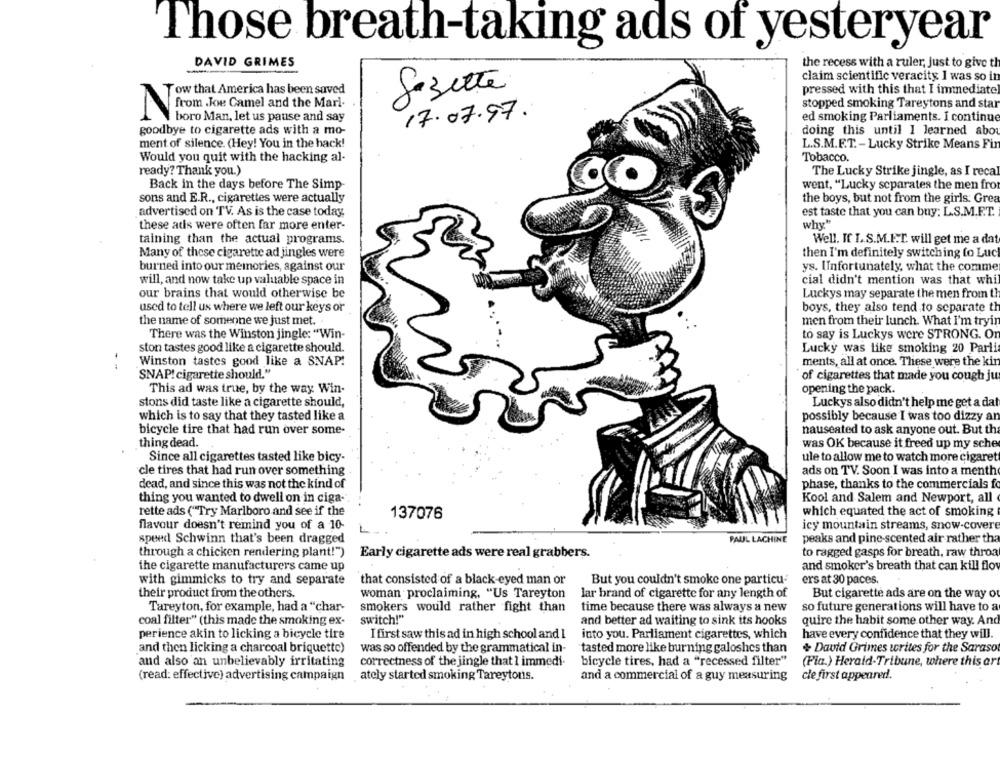
Those breath-taking ads of yesteryear
DAVID GRIMES
the recess with a ruler, just to give th
claim scientific veracity I was so in
pressed with this that I immediate)
Tow that America has been saved
gazette
stopped smoking Tareytons and star
I rom Joe Camel and the Mari.
boro Man, let us pause and say
17.07.97.
ed smoking Parliaments. I continue
goodbye to cigarette ads with a mo-
doing this until I learned abou
ment of silence. (Hey! You in the hack!
L.S.M.E.T. - Lucky Strike Means Fin
Would you quit with the hacking al-
Tobacco.
ready? Thank you.)
The Lucky Strike jingle, as I reca
Back in the days before The Simp-
went, "Lucky separates the men fro
sons and E.R ., cigarettes were actually
the boys, but not from the girls: Grea
advertised on TV. As is the case today,
est taste that you can buy: L.S.M.E.T.
these ats were often far more enter-
why"
taining than the actual programs.
Well. If I.S.M.I.T. will get me a dat
Many of these cigarette ad jingles were
then I'm definitely switching to Luc
burned into our memories, against our
ys. Unfortunately, what the comme
will, and now take up valuable space in
cial didn't mention was that whi
our brains that would otherwise be
Luckys may separate the men from th
used to tell us where we left our keys or
boys, they also tend to separate th
the name of someone we just met.
men from their lunch. What I'm tryin
There was the Winston jingle: "Win-
to say is Luckys were STRONG. Or
ston tastes good like a cigarette should.
Lucky was like smoking 20 Parli
Winston tastes good like a SNAP!
ments, all at once. These were the kin
--
SNAP! cigarette should."
of cigarettes that made you cough ju
This ad was true, by the way Win-
opening the pack.
stons did taste like a cigarette should,
Luckys also didn't help me get a dat
which is to say that they tasted like a
possibly because I was too dizzy an
bicycle tire that had run over some-
nauseated to ask anyone out. But th
thing dead.
was OK because it freed up my sche
Since all cigarettes tasted like bicy-
ule to allow me to watch more cigaret
cle tires that had run over something
ads on TV. Soon I was into a menth
dead, and since this was not the kind of
phase, thanks to the commercials f
thing you wanted to dwell on in ciga-
Kool and Salem and Newport, all
rette ads ("Try Marlboro and see if the
which equated the act of smoking
137076
flavour doesn't remind you of a 10-
icy mountain streams, snow-covere
speed Schwinn that's been dragged
PAUL LACHINE
peaks and pine-scented air rather tha
through a chicken rendering plant!")
to ragged gasps for breath, raw throa
Early cigarette ads were real grabbers.
the cigarette manufacturers came up
and smoker's breath that can kill flow
with gimmicks to try and separate
that consisted of a black-eyed man or
But you couldn't smoke one particu-
ers at 30 paces.
their product from the others.
woman proclaiming, "Us Tareyton
lar brand of cigarette for any length of
But cigarette ads are on the way o
Tareyton, for example, had a "char-
smokers would rather fight than
time because there was always a new
so future generations will have to a
coal filter" (this made the smoking ex-
switch!"
and better ad waiting to sink its hooks
quire the habit some other way. And
perience akin to licking a bicycle tire
I first saw this ad in high school and I
into you. Parliament cigarettes, which
have every confidence that they will.
and then licking a charcoal briquette)
was so offended by the grammatical in-
tasted more like burning galoshes than
David Grimes writes for the Saraso
and also an unbelievably irritating
correctness of the jingle that 1 immedi.
bicycle tires, had a "recessed filter"
(Pia.) Herald-Tribune, where this art
(read: effective) advertising campaign
ately started smoking Tareytons.
and a commercial of a guy measuring
cle first appeared.